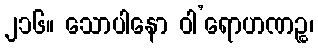
၂၁၆။ သောပါနော ဝါ’ရောဟဏဉ္စ၊